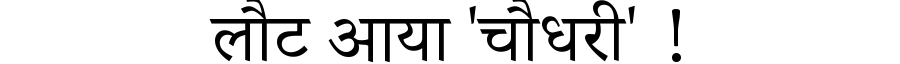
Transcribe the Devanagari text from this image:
लौट आया 'चौधरी' !